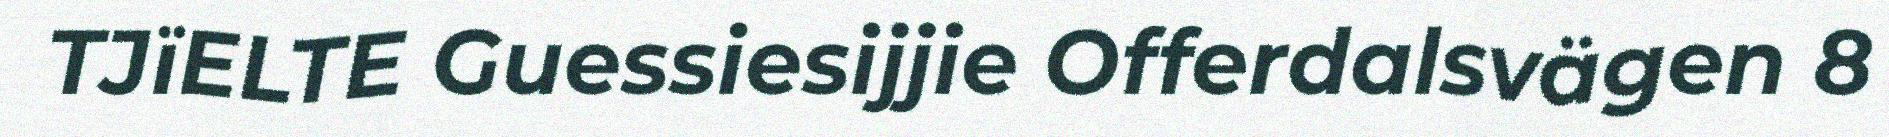
TJïELTE Guessiesijjie Offerdalsvägen 8